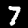
Digit: 7